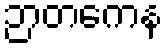
ဉာတကေန